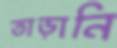
তাড়ানি